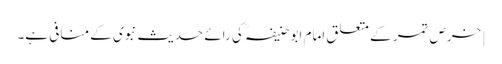
| خرصِ تمر کے متعلق امام ابو حنیفہؒ کی رائے حدیث نبوی کے منافی ہے۔